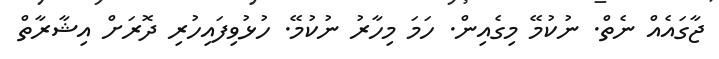
ޖާގައެއް ނެތް. ނުކުމޭ މިގެއިން. ހަމަ މިހާރު ނުކުމޭ. ހުޅުވިފައިހުރި ދޮރަށް އިޝާރާތް